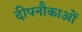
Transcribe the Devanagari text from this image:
दीपनौकाओं